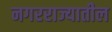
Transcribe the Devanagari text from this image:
नगरराज्यातील